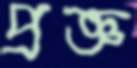
প্রজ্ঞ